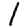
Digit: 1